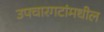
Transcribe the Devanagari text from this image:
उपचारगटांमधील